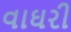
વાઘરી